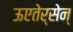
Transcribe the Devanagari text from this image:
ऊएतेर्सेन्